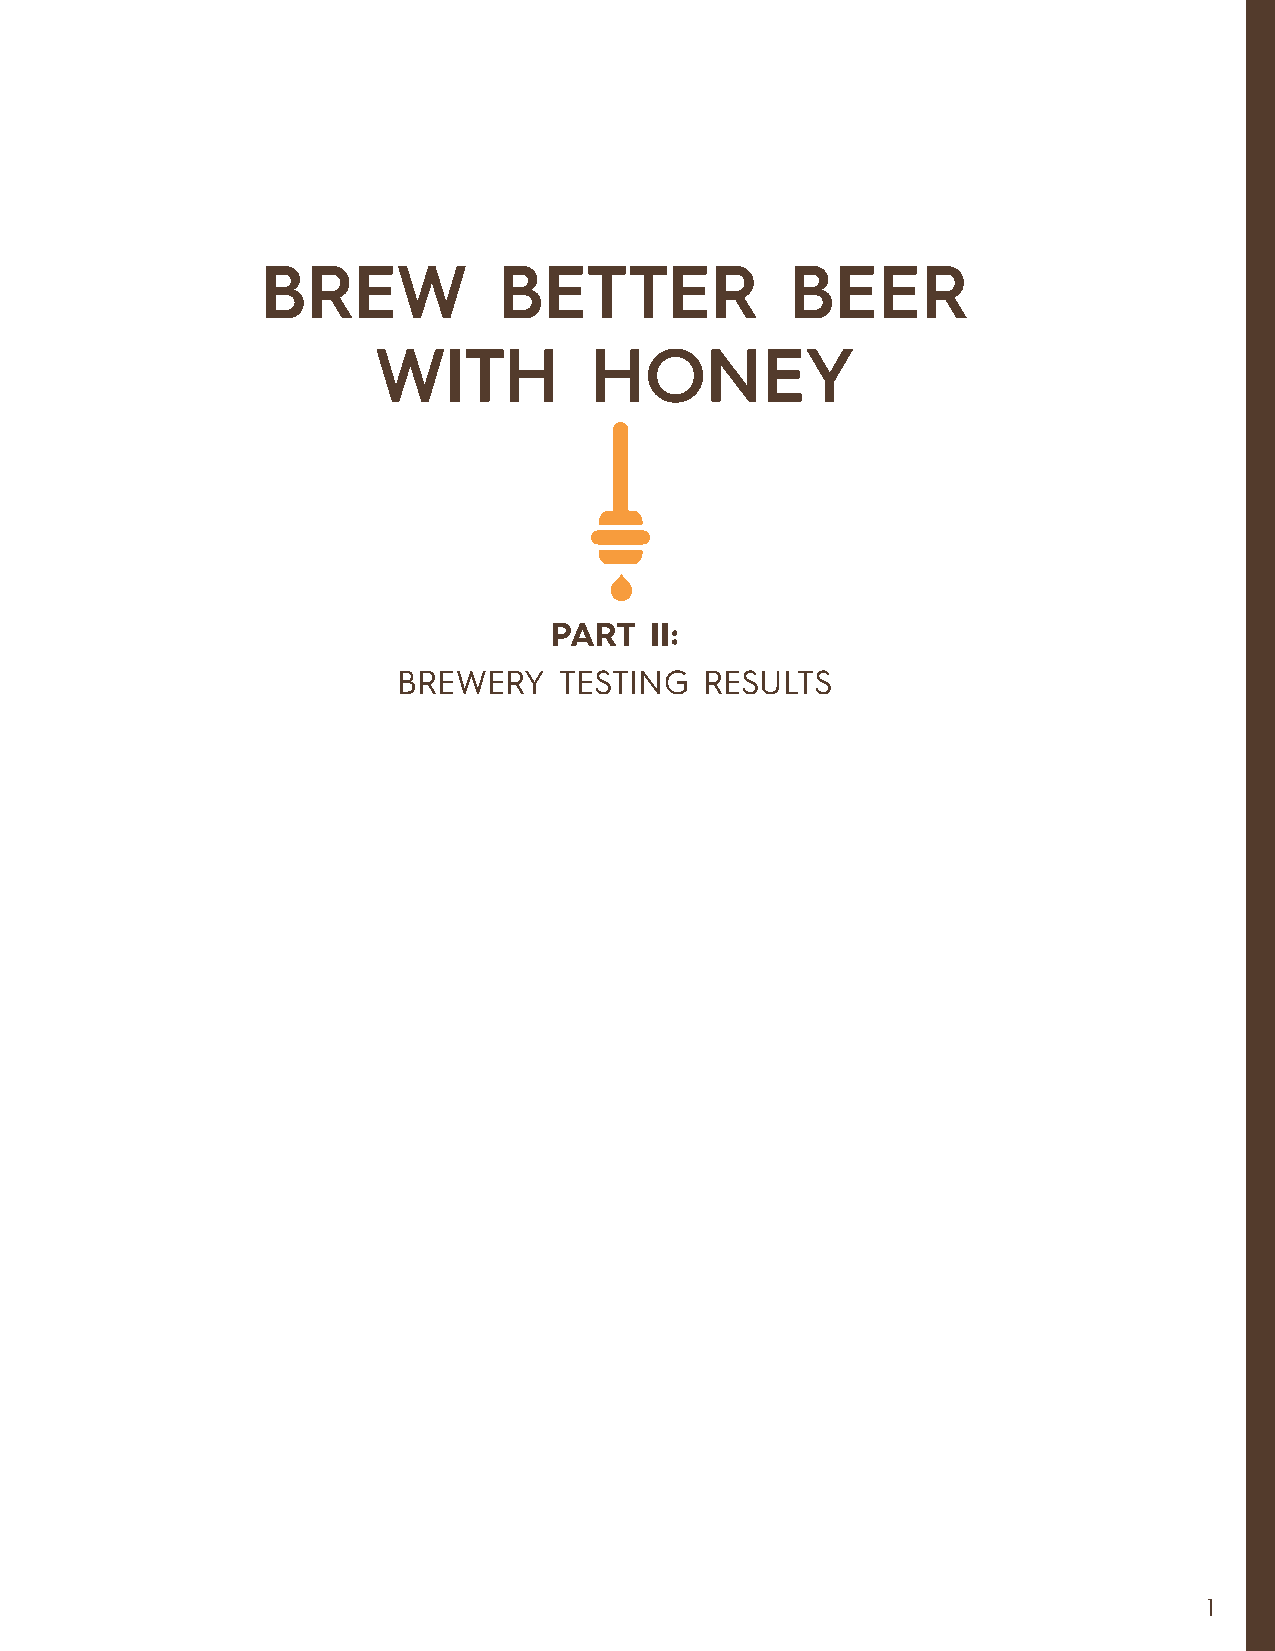
BREW            BETTER             BEER
 WITH          HONEY
 PART   II:
 BREWERY    TESTING   RESULTS
 1